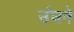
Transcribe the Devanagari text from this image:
उंघने